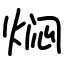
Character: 焖